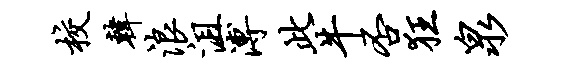
校韩浪沮溥此牛否狂泉